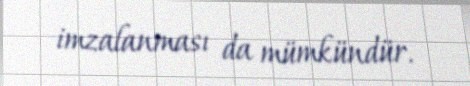
imzalanması da mümkündür.